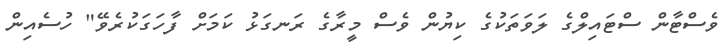
ވެސްޓާން ސްޓައިލްގެ ލަވަތަކުގެ ކިޔުން ވެސް މީރާގެ ރަނގަޅު ކަމަށް ފާހަގަކުރެވޭ" ހުސެއިން